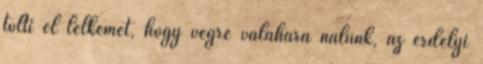
tölti el lelkemet, hogy végre valahára nálunk, az erdélyi